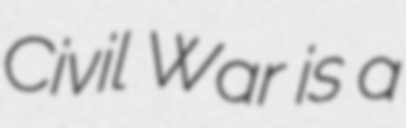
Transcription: Civil War is a